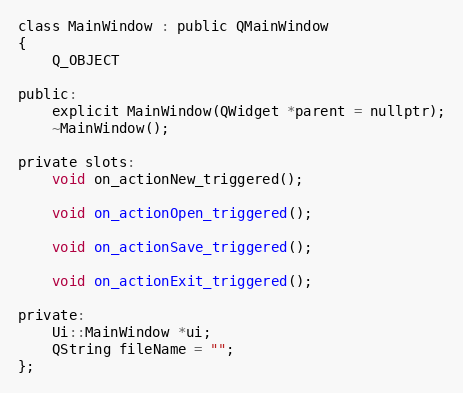
Language: C
class MainWindow : public QMainWindow
{
    Q_OBJECT

public:
    explicit MainWindow(QWidget *parent = nullptr);
    ~MainWindow();

private slots:
    void on_actionNew_triggered();

    void on_actionOpen_triggered();

    void on_actionSave_triggered();

    void on_actionExit_triggered();

private:
    Ui::MainWindow *ui;
    QString fileName = "";
};